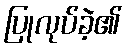
ပြုလုပ်ခဲ့၏